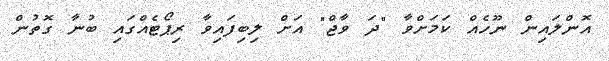
އޮންލައިން ނޫހެއް ކަމަށްވާ "ދަ ވާޖް" އަށް ލިބިފައިވާ ރިޕޯޓެއްގައި ބުނާ ގޮތުން